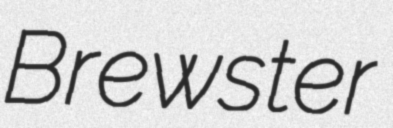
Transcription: Brewster